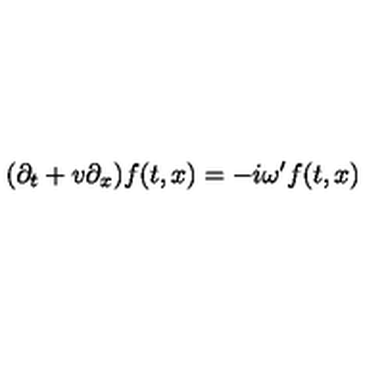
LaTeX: ( \partial _ { t } + v \partial _ { x } ) f ( t , x ) = - i \omega ^ { \prime } f ( t , x )